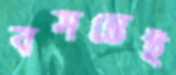
বসন্তেই